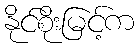
နိုင်စိုးမြင့်က